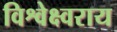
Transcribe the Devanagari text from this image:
विश्वेक्ष्वराय